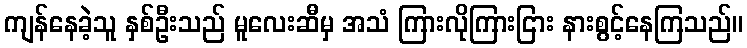
ကျန်နေခဲ့သူ နှစ်ဦးသည် မူလေးဆီမှ အသံ ကြားလိုကြားငြား နားစွင့်နေကြသည်။